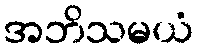
အဘိသမယံ